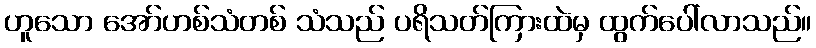
ဟူသော အော်ဟစ်သံတစ် သံသည် ပရိသတ်ကြားထဲမှ ထွက်ပေါ်လာသည်။